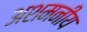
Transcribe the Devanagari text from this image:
अशमनीय